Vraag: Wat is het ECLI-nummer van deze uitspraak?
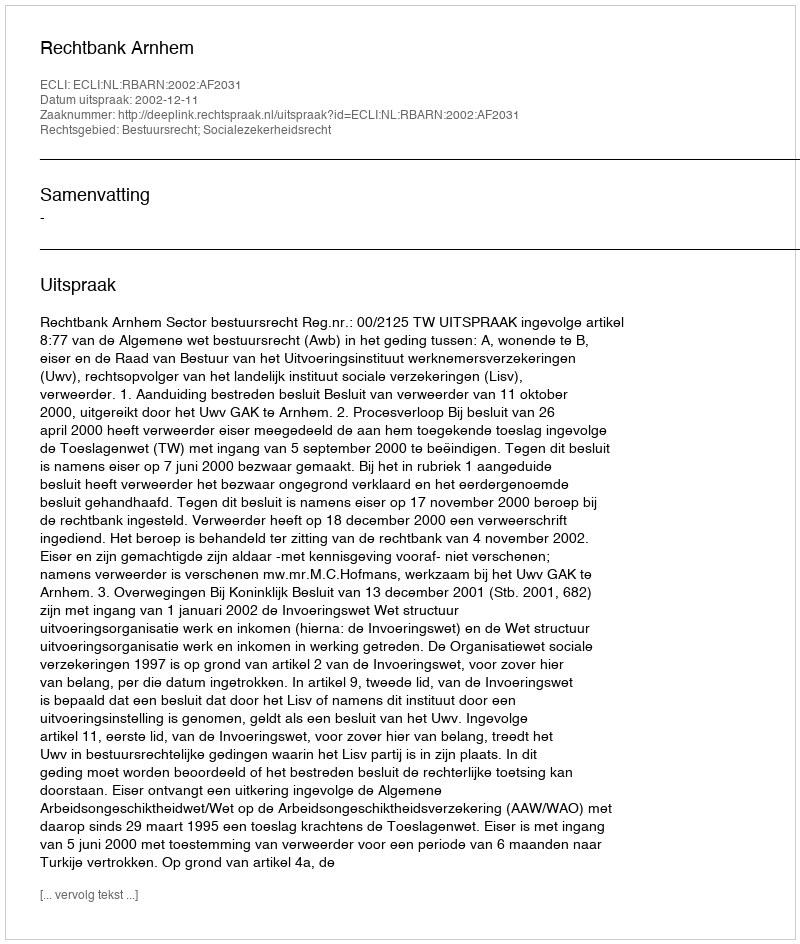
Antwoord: ECLI:NL:RBARN:2002:AF2031